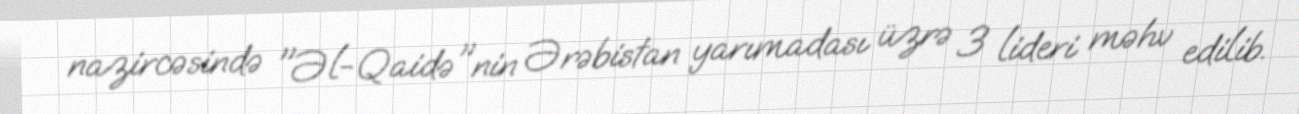
nazircəsində "Əl-Qaidə"nin Ərəbistan yarımadası üzrə 3 lideri məhv edilib.